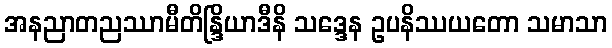
အနညာတညဿာမီတိန္ဒြိယာဒီနိ သဒ္ဒေန ဥပနိဿယတော သမာသာ